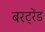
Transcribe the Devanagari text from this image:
बरट्रेंड